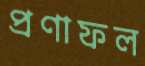
প্রণাফল